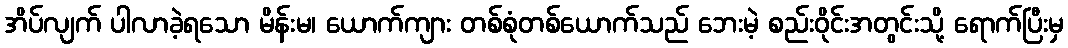
အိပ်လျက် ပါလာခဲ့ရသော မိန်းမ၊ ယောက်ကျား တစ်စုံတစ်ယောက်သည် ဘေးမဲ့ စည်းဝိုင်းအတွင်းသို့ ရောက်ပြီးမှ